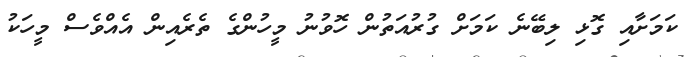
ކަމަށާއި ގޮޅި ލިބޭނެ ކަމަށް ގުރުއަތުން ހޮވުނު މީހުންގެ ތެރެއިން އެއްވެސް މީހަކު